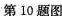
第10题图